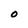
Character: O